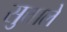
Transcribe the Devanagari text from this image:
सुत्ताले